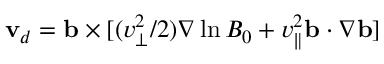
\mathbf { v } _ { d } = \mathbf { b } \times [ ( v _ { \perp } ^ { 2 } / 2 ) \nabla \ln B _ { 0 } + v _ { \parallel } ^ { 2 } \mathbf { b } \cdot \nabla \mathbf { b } ]